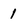
Character: 1